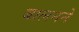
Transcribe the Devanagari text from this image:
बालनने